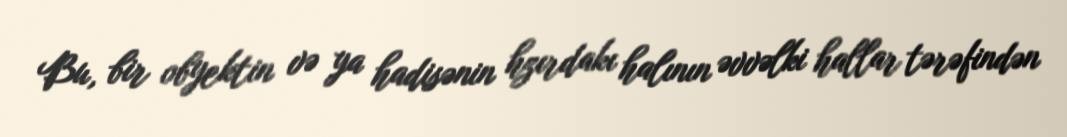
Bu, bir obyektin və ya hadisənin hzırdakı halının əvvəlki hallar tərəfindən